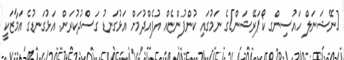
[ނޭޝަނަލް ހައުސިންގ ކޯޕަރޭޝަން]ގެ ނަމުގައި ކުންފުންޏެއް އުފެއްދުމަށް އަޅުގަނޑު ގަސްދުކުރަން. އަޅުގަނޑުގެ އަމާޒަކީ